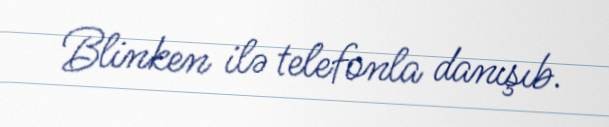
Blinken ilə telefonla danışıb.